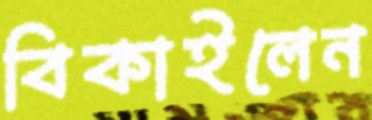
বিকাইলেন